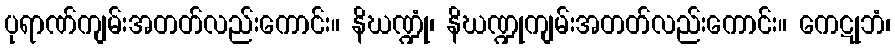
ပုရာဏ်ကျမ်းအတတ်လည်းကောင်း။ နိဃဏ္ဍုံ၊ နိဃဏ္ဍုကျမ်းအတတ်လည်းကောင်း။ ကေဋုဘံ၊